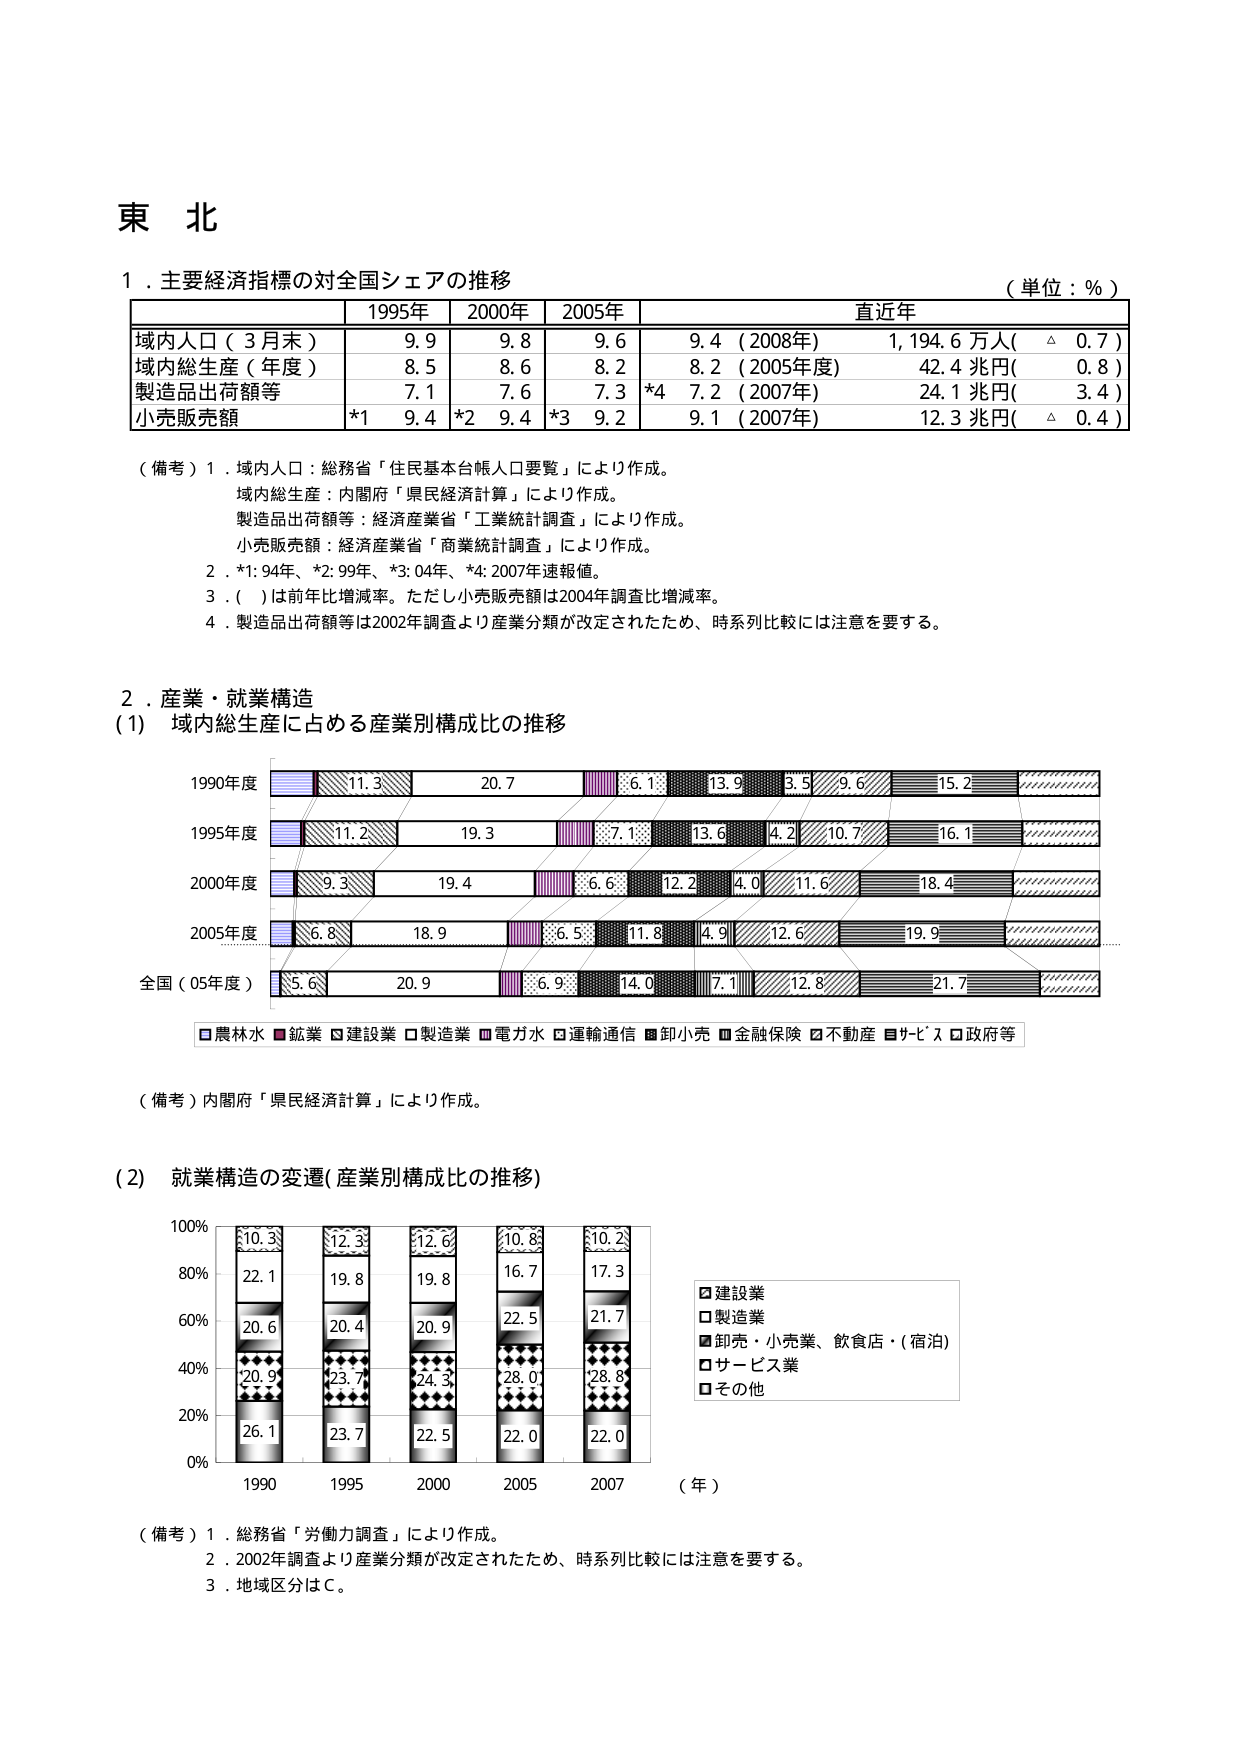
東 北

１．主要経済指標の対全国シェアの推移
（単位：％）

| | 1995年 | 2000年 | 2005年 | 直近年 |
|---|---|---|---|---|
| 域内人口（3月末） | 9.9 | 9.8 | 9.6 | 9.4（2008年）1,194.6万人（△0.7） |
| 域内総生産（年度） | 8.5 | 8.6 | 8.2 | 8.2（2005年度）42.4兆円（0.8） |
| 製造品出荷額等 | 7.1 | 7.6 | 7.3 | *4 7.2（2007年）24.1兆円（3.4） |
| 小売販売額 | *1 9.4 | *2 9.4 | *3 9.2 | 9.1（2007年）12.3兆円（△0.4） |

（備考）1．域内人口：総務省「住民基本台帳人口要覧」により作成。
域内総生産：内閣府「県民経済計算」により作成。
製造品出荷額等：経済産業省「工業統計調査」により作成。
小売販売額：経済産業省「商業統計調査」により作成。
2．*1: 94年、*2: 99年、*3: 04年、*4: 2007年速報値。
3．（ ）は前年比増減率。ただし小売販売額は2004年調査比増減率。
4．製造品出荷額等は2002年調査より産業分類が改定されたため、時系列比較には注意を要する。

２．産業・就業構造
（1）域内総生産に占める産業別構成比の推移

1990年度
11.3 20.7 6.1 13.9 3.5 9.6 15.2

1995年度
11.2 19.3 7.1 13.6 4.2 10.7 16.1

2000年度
9.3 19.4 6.6 12.2 4.0 11.6 18.4

2005年度
6.8 18.9 6.5 11.8 4.9 12.6 19.9

全国（05年度）
5.6 20.9 6.9 14.0 7.1 12.8 21.7

□農林水 ■鉱業 □建設業 □製造業 ■電力水 □運輸通信 ■卸小売 ■金融保険 □不動産 ■サービス □政府等

（備考）内閣府「県民経済計算」により作成。

（2）就業構造の変遷（産業別構成比の推移）

100%
80%
60%
40%
20%
0%

1990 1995 2000 2005 2007 （年）

■建設業
□製造業
■卸売・小売業、飲食店・（宿泊）
□サービス業
□その他

（備考）1．総務省「労働力調査」により作成。
2．2002年調査より産業分類が改定されたため、時系列比較には注意を要する。
3．地域区分はＣ。